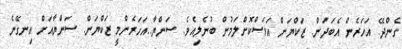
ގެންދޭ. އަހަރެން އެބަދަން. ޒަކްޔަން އަވަސްކޮށްލަމުން ބުނެލިއެވެ. ސަންޔާ..އަހަރެންމީ ޒަކްޔަން. ސަންޔާއަށް އިނގޭނެ